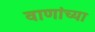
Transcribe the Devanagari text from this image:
वाणांच्या